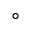
^ \circ